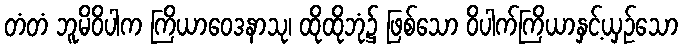
တံတံ ဘူမိဝိပါက ကြိယာဝေဒနာသု၊ ထိုထိုဘုံ၌ ဖြစ်သော ဝိပါက်ကြိယာနှင့်ယှဉ်သော